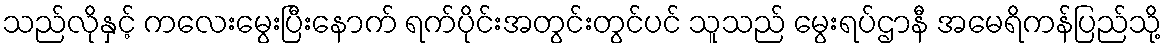
သည်လိုနှင့် ကလေးမွေးပြီးနောက် ရက်ပိုင်းအတွင်းတွင်ပင် သူသည် မွေးရပ်ဌာနီ အမေရိကန်ပြည်သို့